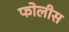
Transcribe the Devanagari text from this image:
फोलीस